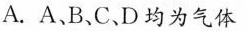
A.A、B、C.D均为气体